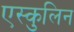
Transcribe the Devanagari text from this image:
एस्कुलिन